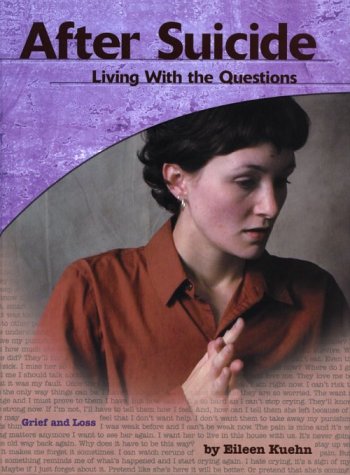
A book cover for After Suicide: Living with the Questions (Grief and Loss); Retold by:; Teen & Young Adult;